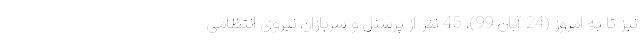
نیز تا به امروز (24 آبان 99)، 45 نفر از پرسنل و سربازان نیروی انتظامی